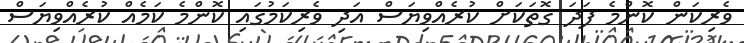
ވެރިކަން ކޮންމެ ފަދަ ގޮތަކަށް ކުރެއްވިޔަސް އަދި ވެރިކަމުގައި ކޮންމެ ކަމެއް ކުރެއްވިޔަސް